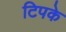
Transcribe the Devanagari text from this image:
टिपके